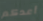
أعدكم